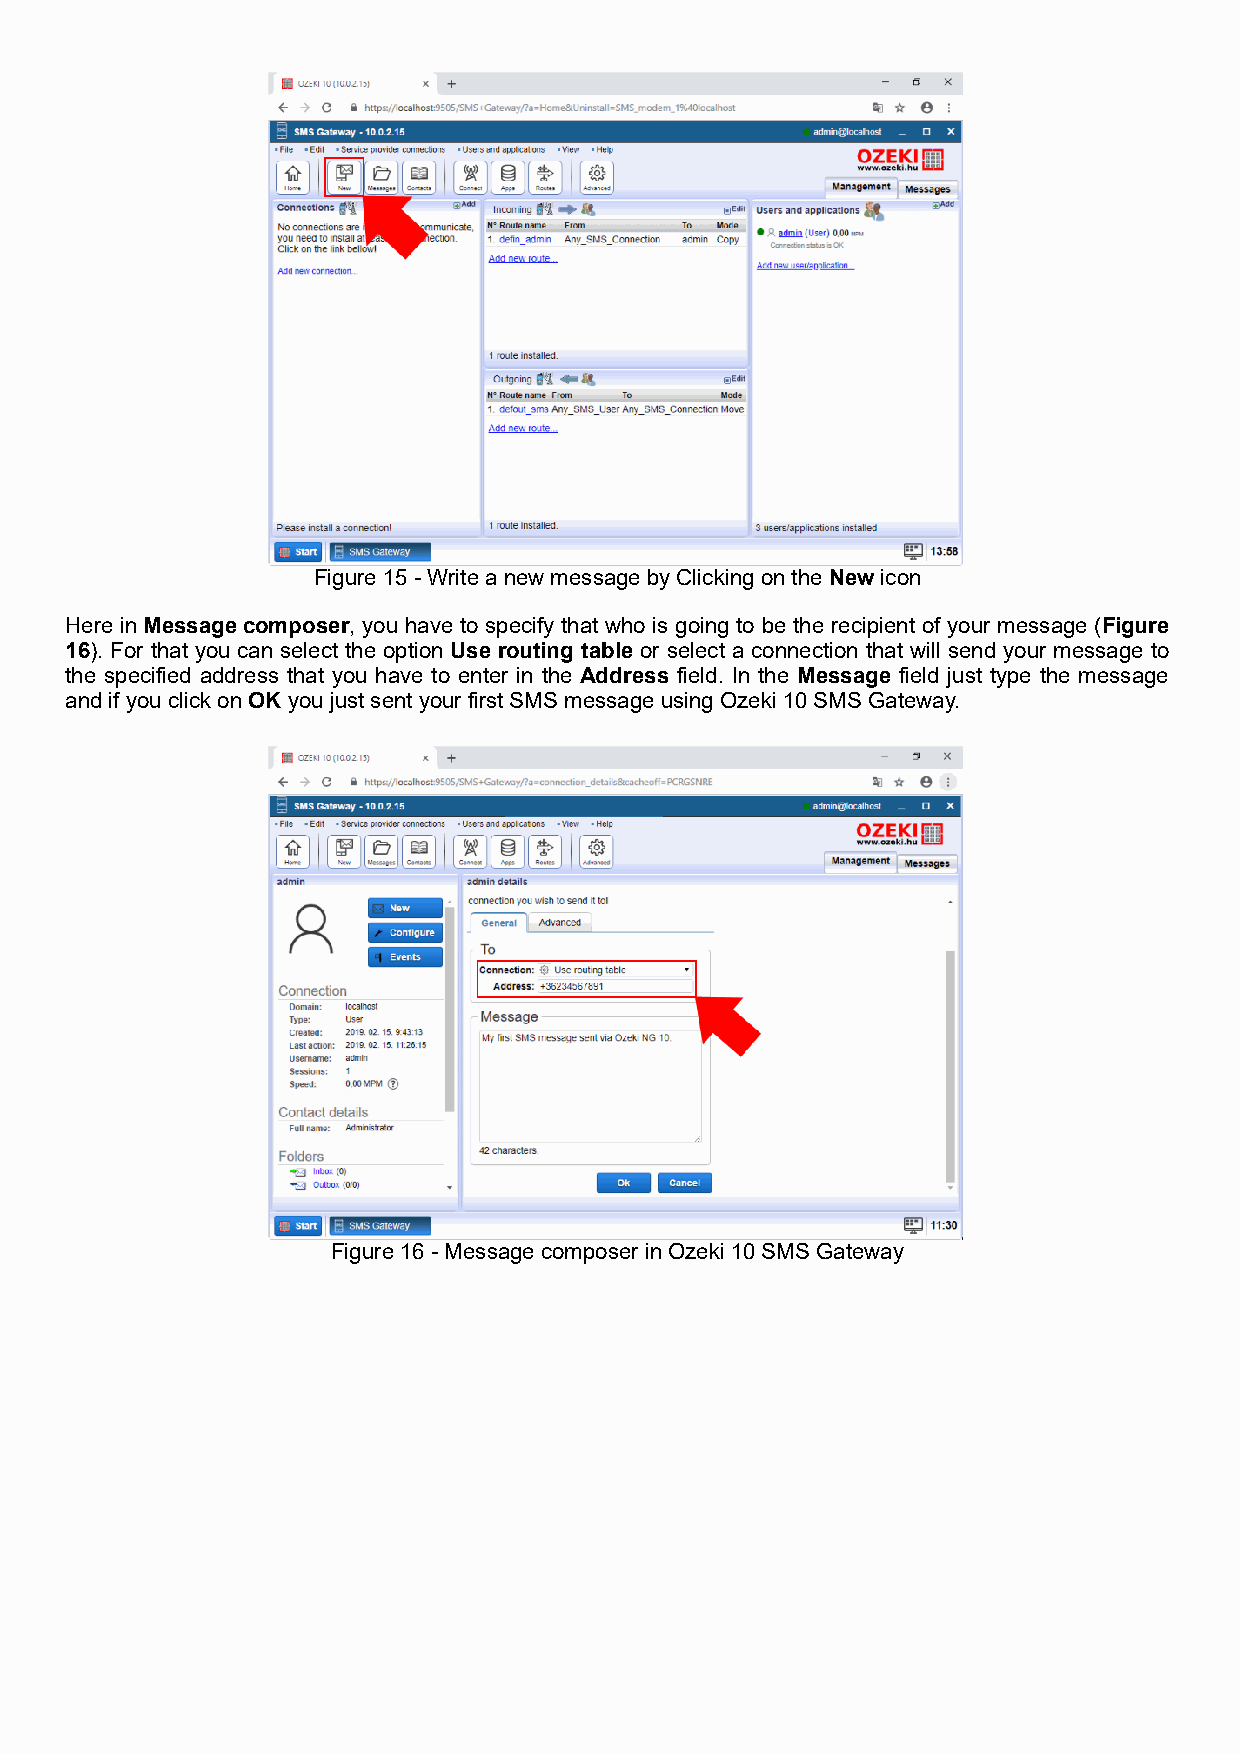
Figure 15 - Write a new message by Clicking on the New icon
 Here in Message composer, you have to specify that who is going to be the recipient of your message (Figure
 16). For that you can select the option Use routing table or select a connection that will send your message to
 the specified address that you have to enter in the Address field. In the Message field just type the message
 and if you click on OK you just sent your first SMS message using Ozeki 10 SMS Gateway.
 Figure 16 - Message composer in Ozeki 10 SMS Gateway